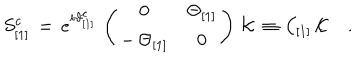
S _ { [ 1 ] } ^ { c } \, = \, e ^ { i \vartheta _ { [ 1 ] } ^ { c } } \, \left( \begin{array} { c c } { { 0 } } & { { \Theta _ { [ 1 ] } } } \\ { { - \, \Theta _ { [ 1 ] } } } & { { 0 } } \\ \end{array} \right) \, { \cal K } \, \equiv \, { \cal C } _ { [ 1 ] } \, { \cal K } \quad .